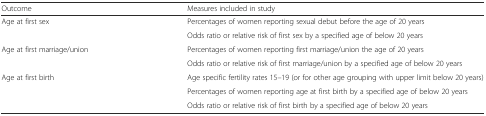
| Outcome | Measures included in study |
 | --- | --- |
 | Age at first sex | Percentages of women reporting sexual debut before the age of 20 years |
 |  | Odds ratio or relative risk of first sex by a specified age of below 20 years |
 | Age at first marriage/union | Percentages of women reporting first marriage/union the age of 20 years |
 |  | Odds ratio or relative risk of first marriage/union by a specified age of below 20 years |
 | Age at first birth | Age specific fertility rates 15–19 (or for other age grouping with upper limit below 20 years) |
 |  | Percentages of women reporting age at first birth by a specified age of below 20 years |
 |  | Odds ratio or relative risk of first birth by a specified age of below 20 years |